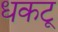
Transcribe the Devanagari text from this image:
धकटू